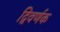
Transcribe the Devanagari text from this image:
द्विवर्णक